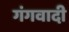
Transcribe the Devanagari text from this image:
गंगवादी